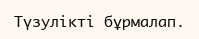
Түзулікті бұрмалап.